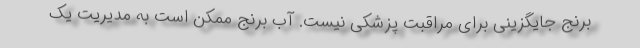
برنج جایگزینی برای مراقبت پزشکی نیست. آب برنج ممکن است به مدیریت یک